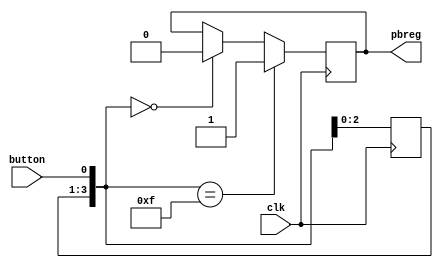
// Basys Board and Spartan-3E Starter Boards
// Push Button Debounce pbdebounce.v

module pbdebounce_lcd(input clk, input button, output reg pbreg); 

reg [3:0] pbshift;
	
always@(posedge clk)
	begin
		pbshift=pbshift<<1;
		pbshift[0]=button;
	if (pbshift==0)
		pbreg=0;
	if (pbshift==15)
		pbreg=1;			
	end

endmodule